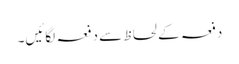
دفعہ کے لحاظ سے دفعہ لگائیں۔